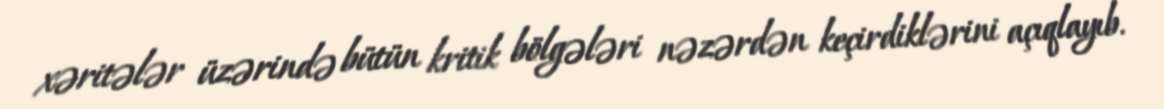
xəritələr üzərində bütün kritik bölgələri nəzərdən keçirdiklərini açıqlayıb.